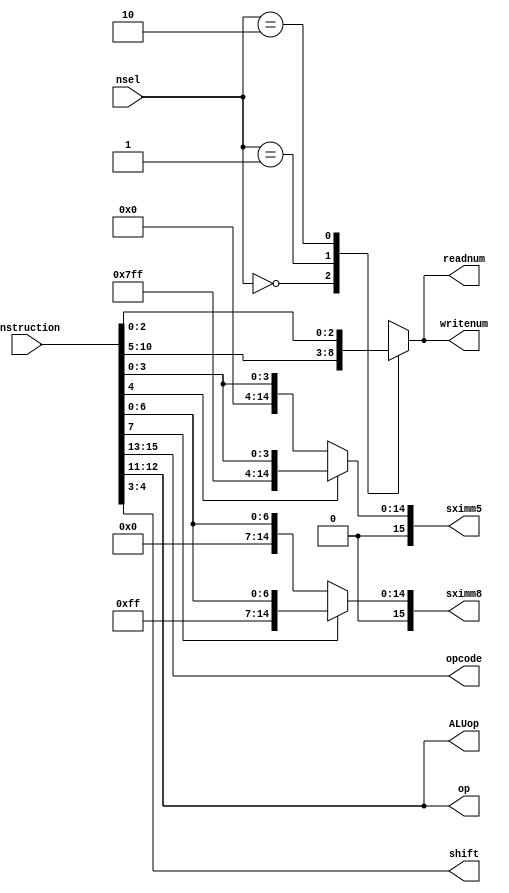
module decoder_17(instruction, nsel, opcode, readnum, writenum, ALUop, op, shift, sximm5, sximm8);
        input[15:0] instruction;
        input [1:0] nsel;
        output [2:0] opcode, readnum, writenum;
        output [1:0] ALUop, op, shift;
        output [15:0] sximm5, sximm8;
        reg [2:0] tempReg;
	wire [2:0] Rd, Rn, Rm;
        assign opcode = instruction[15:13];
        assign op = instruction[12:11];
        assign ALUop = instruction[12:11];
        assign sximm5 = instruction[4]? {10'b1111111111,instruction[4:0]} : {10'b0000000000, instruction[4:0]};
	assign sximm8 = instruction[7]? {7'b1111111,instruction[7:0]} : {7'b0000000, instruction[7:0]};
        assign shift = instruction[4:3];
        assign Rn = instruction[10:8];
        assign Rd = instruction[7:5];
        assign Rm = instruction[2:0];
        always@(*) begin
        	case(nsel)
	        	2'b00: tempReg = Rn; 
	        	2'b01: tempReg = Rd; 
	        	2'b10: tempReg = Rm; 
	        	default: tempReg = 3'bxxx;
        	endcase
        end
        assign readnum = tempReg;
        assign writenum = tempReg;
endmodule